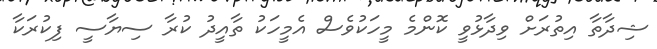
ޝިދާތާ އިތުރަށް ވިދާޅުވީ ކޮންމެ މީހަކުވެސް އެމީހަކު ތާއީދު ކުރާ ސިޔާސީ ފިކުރަކާ